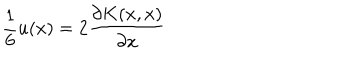
LaTeX: { \frac { 1 } { 6 } } u ( x ) = 2 { \frac { \partial K ( x , x ) } { \partial x } }